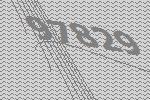
97829